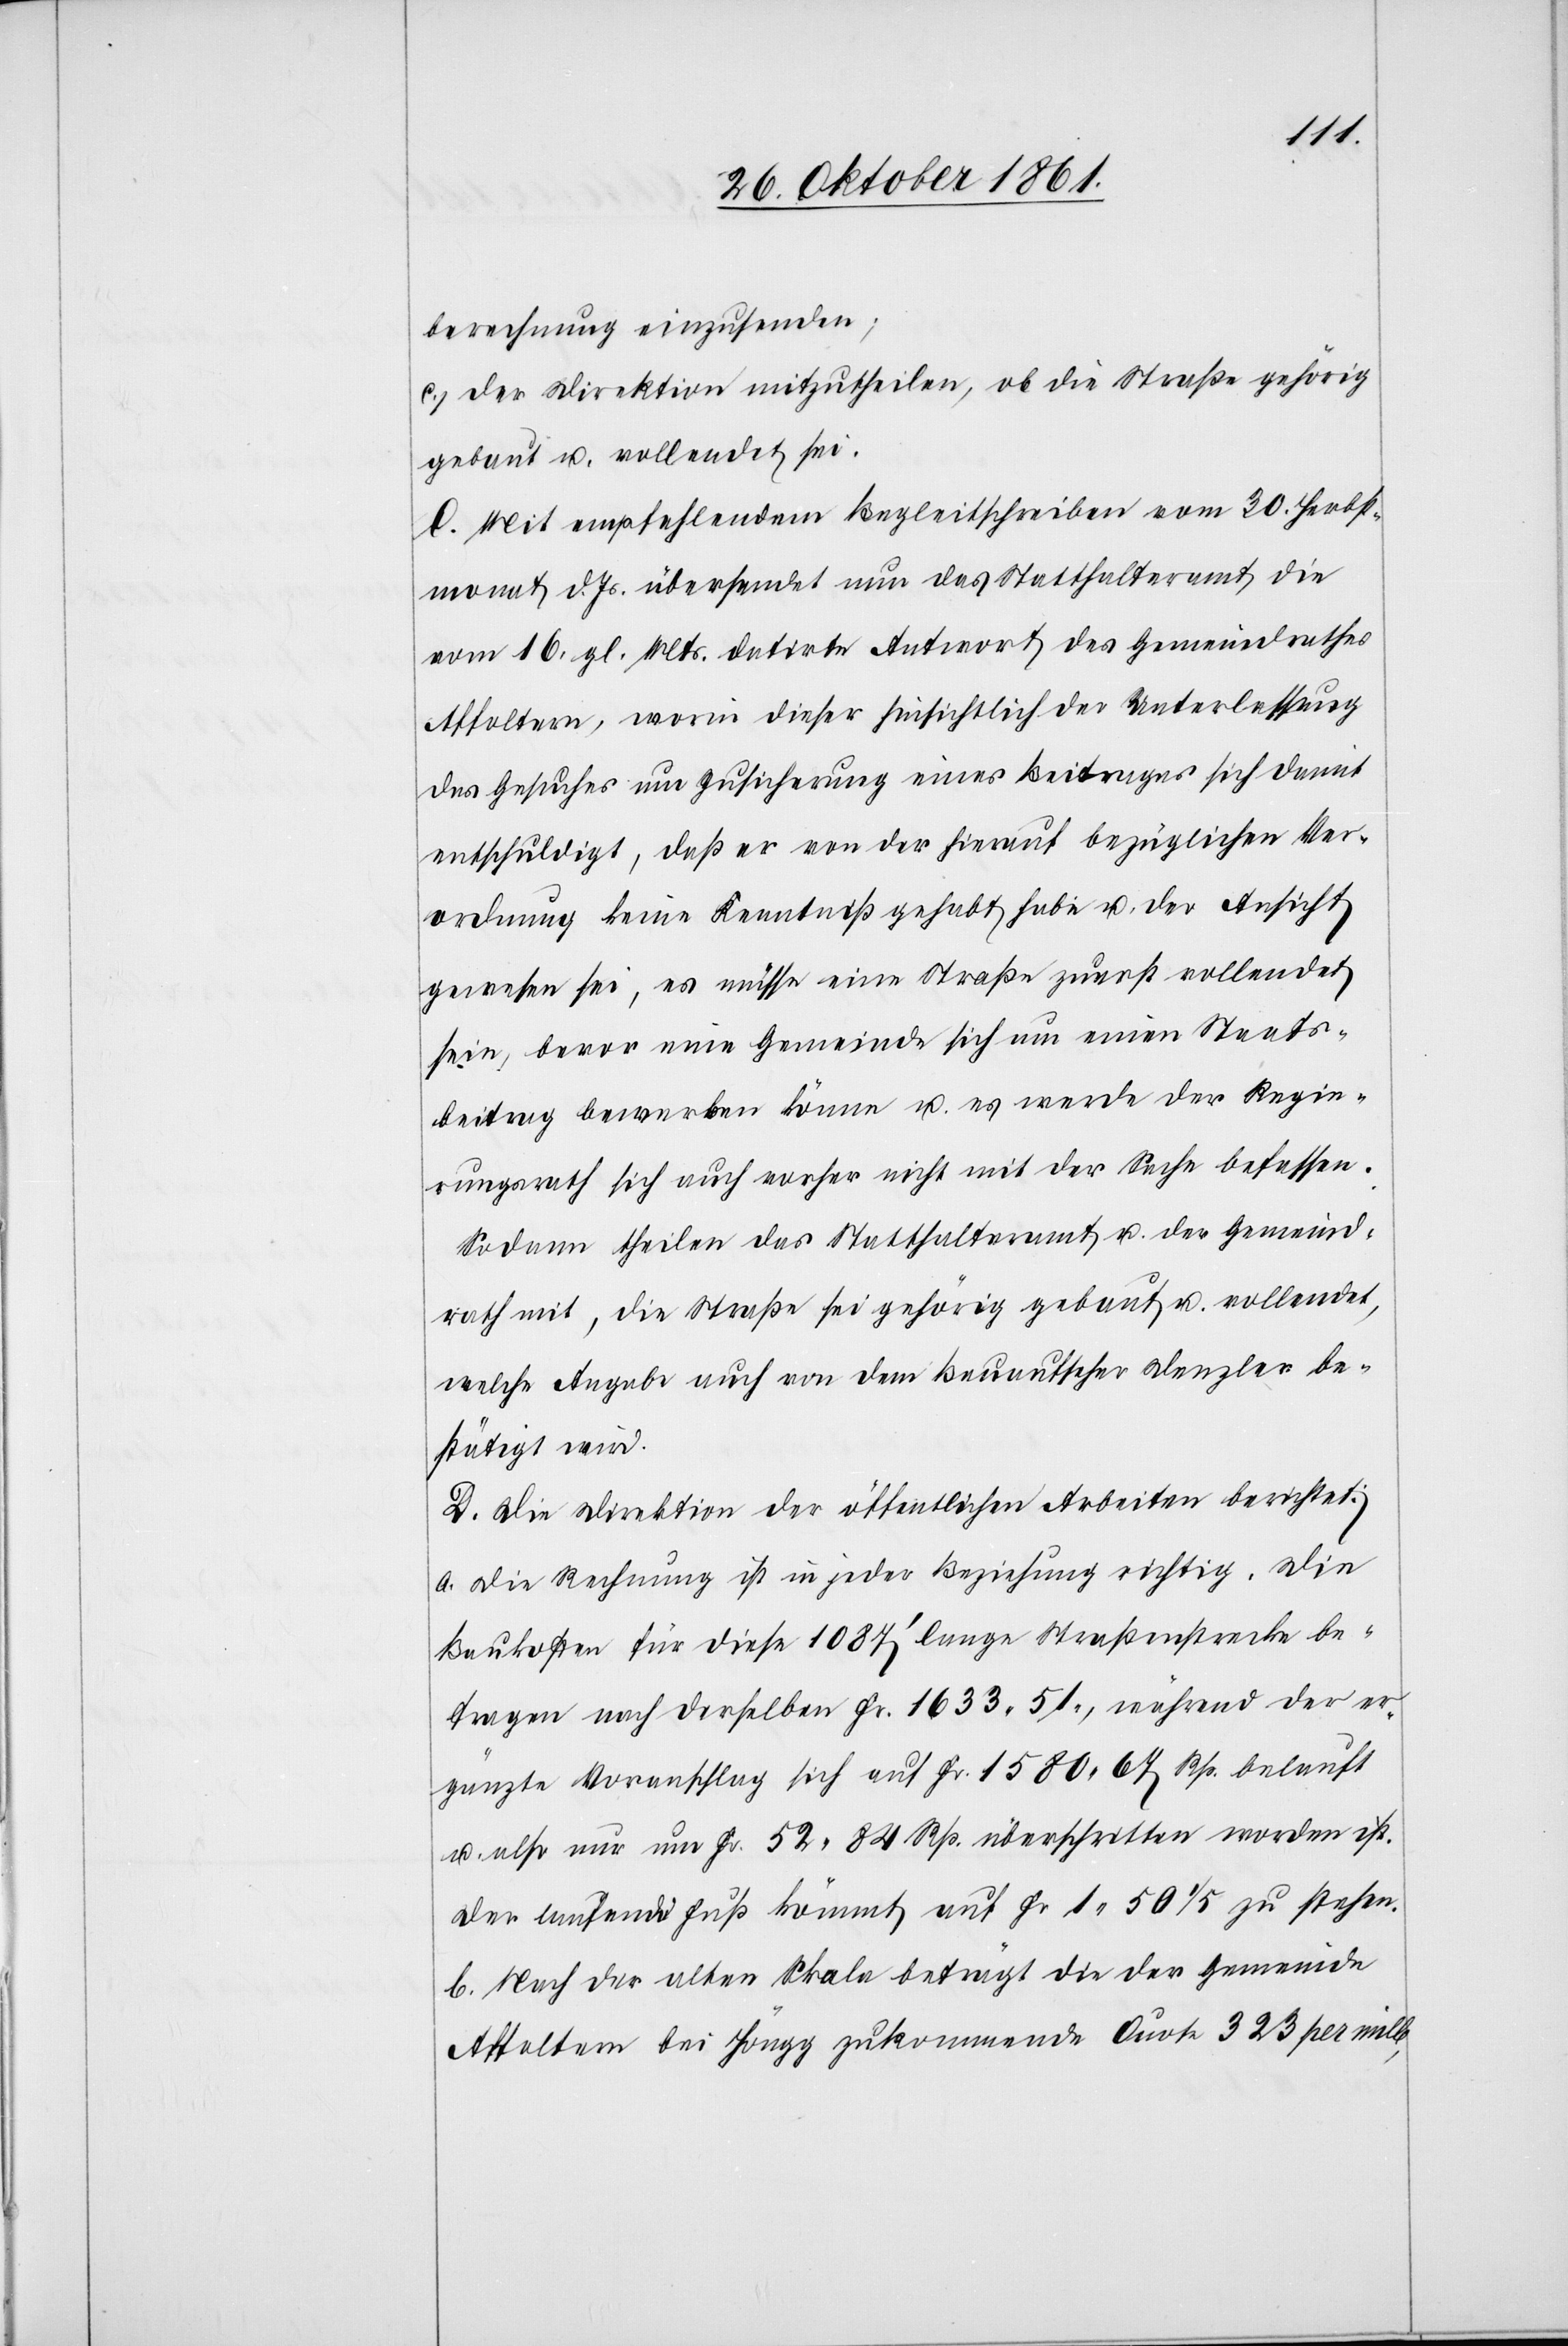
berechnung einzusenden;
c. der Direktion mitzutheilen, ob die Straße gehörig
gebaut u. vollendet sei.
C. Mit empfehlendem Begleitschreiben vom 30 Herbst¬
monat d. Js. übersendet nun das Statthalteramt die
vom 16 gl. Mts. datirte Antwort des Gemeindrathes
Affoltern, worin dieser hinsichtlich der Unterlassung
des Gesuches um Zusicherung eines Beitrages sich damit
entschuldigt, daß er von der hierauf bezüglichen Ver¬
ordnung keine Kenntniß gehabt habe u. der Ansicht
gewesen sei, es müsse eine Straße zuerst vollendet
sein, bevor eine Gemeinde sich um einen Staats¬
beitrag bewerben könne u. es werde der Regie¬
rungsrath sich auch vorher nicht mit der Sache befassen.
Sodann theilen das Statthalteramt u. der Gemeind¬
rath mit, die Straße sei gehörig gebaut u. vollendet
welche Angabe auch von dem Bauaufseher Denzler be¬
stätigt wird.
D. Die Direktion der öffentlichen Arbeiten berichtet:
a. Die Rechnung ist in jeder Beziehung richtig. Die
Baukosten für diese 1087’ lange Straßenstrecke be¬
tragen nach derselben Fr. 1633. 51, während der er¬
gänzte Vorschlag sich auf Fr. 1580. 67 Rp. belauft
u. also nur um Fr. 52. 84 Rp. überschritten worden ist.
Der laufende Fuß kömmt auf Fr. 1. 50 1/5 zu stehen.
E. Nach der alten Skala beträgt die der Gemeinde
Affoltern bei Höngg zukommende Quote 323 pro mille